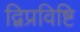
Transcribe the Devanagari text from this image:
द्विप्रविष्टि